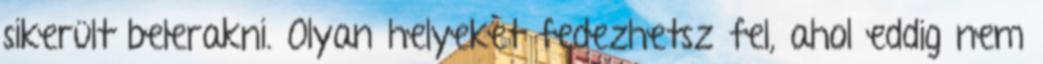
sikerült belerakni. Olyan helyeket fedezhetsz fel, ahol eddig nem